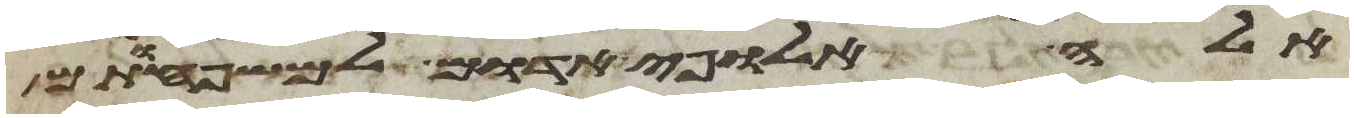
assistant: אלה אלופי אדום למשפחותם